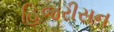
હિજરીસન